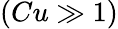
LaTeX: (Cu\gg 1)